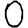
Digit: 0